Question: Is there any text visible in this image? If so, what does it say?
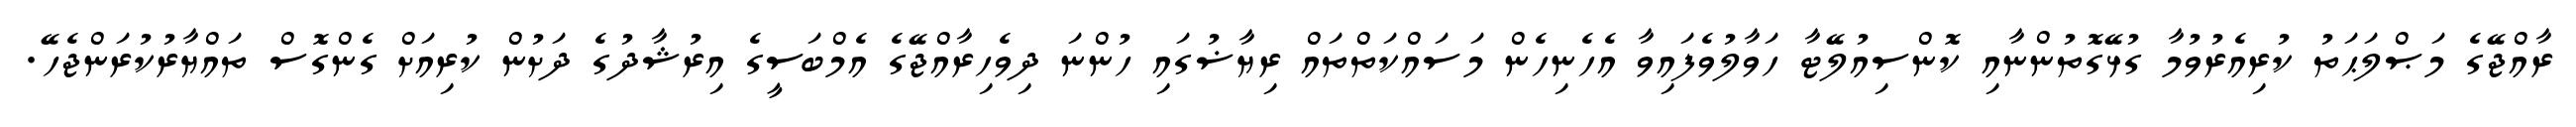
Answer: ރާއްޖޭގެ މަޞްލަޙަތު ކުރިއެރުވުމާ ގުޅޭގޮތުންނާއި ކޮންސިއުލޭޓާ ހަވާލުވެފައިވާ އެހެނިހެން މަސައްކަތްތައް ރިޔާޟުގައި ހުންނަ ދިވެހިރާއްޖޭގެ އެމްބަސީގެ އިރުޝާދުގެ ދަށުން ކުރިއަށް ގެންގޮސް ތައްޔާރުކުރަންޖެހޭ.